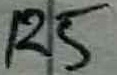
Text: R5